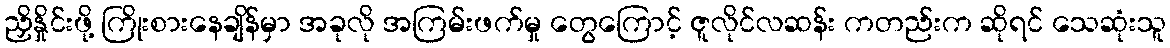
ညှိနှိုင်းဖို့ ကြိုးစားနေချိန်မှာ အခုလို အကြမ်းဖက်မှု တွေကြောင့် ဇူလိုင်လဆန်း ကတည်းက ဆိုရင် သေဆုံးသူ